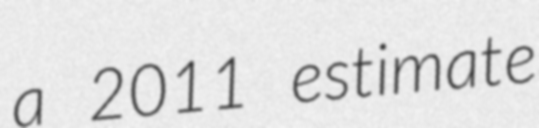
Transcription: a 2011 estimate